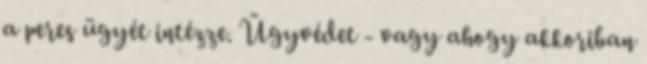
a peres ügyét intézze. Ügyvédet - vagy ahogy akkoriban